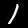
Digit: 1